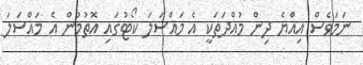
ނަމަވެސް އިއްޔެ ދިން މުއްދަތަކީ އެ މައްސަލަ ކޯޓުގައި އޮތުމުން އެ މައްސަލަ